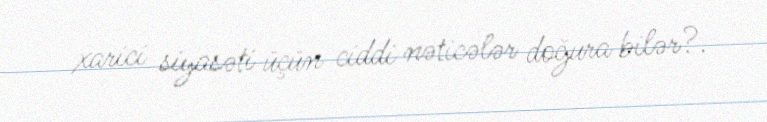
xarici siyasəti üçün ciddi nəticələr doğura bilər?.